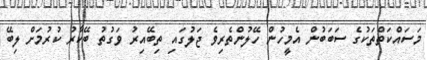
މަސައްކަތްތަކުގެ ސަބަބުން އެމީހުން ހޭލުންތެރިވެ ޖަލުގައި ތިބޭއިރު ވަގުތު ބޭކާރު ކުރުމަށް ލިބޭ